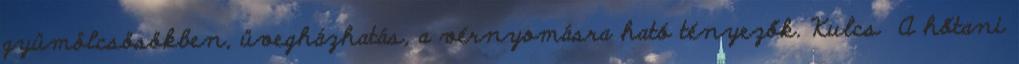
gyümölcsösökben, üvegházhatás, a vérnyomásra ható tényezők. Kulcs A hőtani